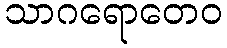
သာဂရောတေဝ